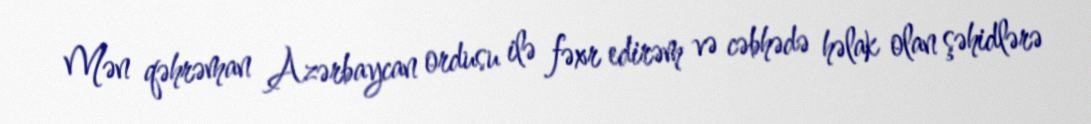
Mən qəhrəman Azərbaycan ordusu ilə fəxr edirəm və cəbhədə həlak olan şəhidlərə